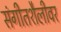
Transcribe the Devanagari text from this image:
संगीतशैलीवर